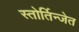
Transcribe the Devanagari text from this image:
स्तोर्तिन्जेत